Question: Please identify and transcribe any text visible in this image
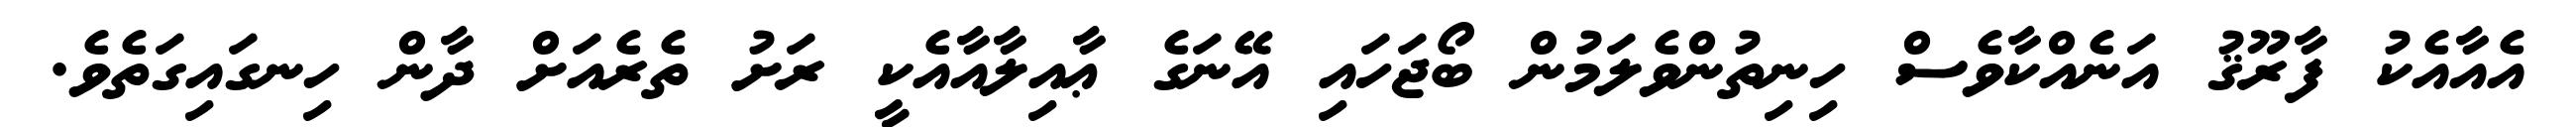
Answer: އެއާއެކު ފާރޫޤު އަނެއްކާވެސް ހިނިތުންވެލަމުން ބޯޖަހައި އޭނަގެ ޢާއިލާއާއެކީ ރަށު ތެރެއަށް ދާން ހިނގައިގަތެވެ.